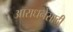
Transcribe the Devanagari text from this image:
आराधनेसाठी